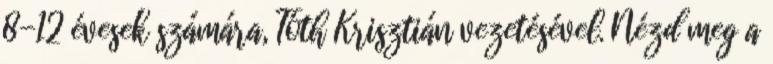
8-12 évesek számára, Tóth Krisztián vezetésével. Nézd meg a